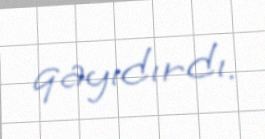
qayıdırdı.